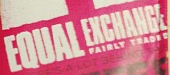
EQUAL EXCHANGE